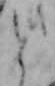
と